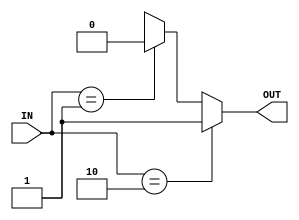
`timescale 1ns / 1ps
//////////////////////////////////////////////////////////////////////////////////

// ID          : N180116
//Branch       : ECE
//Project Name : RTL design using Verilog
//Design  Name : 2 TO 1 ENCODER
//Module  Name : ENCODER_2X1
//RGUKT NUZVID 
//////////////////////////////////////////////////////////////////////////////////


module ENCODER_2X1(IN,OUT);
input [1:0]IN;
output reg OUT;
always@(IN) begin
    if(IN==2'b10)
        OUT=1'b1;
    else if(IN==2'b01)
        OUT=1'b0;
    else
        OUT=1'bx;
end
endmodule